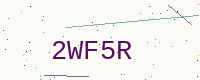
Text: 2WF5R